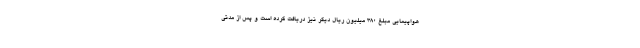
هواپیمایی مبلغ ۳۸۰ میلیون ریال دیگر نیز دریافت کرده است و پس از مدتی